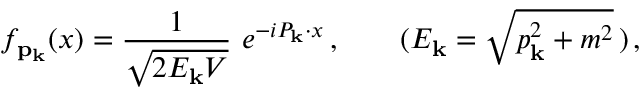
f _ { { \bf p } _ { \bf k } } ( x ) = \frac { 1 } { \sqrt { 2 E _ { \bf k } V } } \, \, e ^ { - i P _ { \bf k } \cdot x } \, , \; \; \; \; \; \; \; ( E _ { \bf k } = \sqrt { p _ { \bf k } ^ { 2 } + m ^ { 2 } } \, ) \, ,